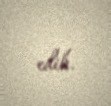
edib.